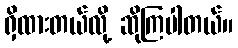
ရှိထားတယ်လို့ ဆိုကြပါတယ်။